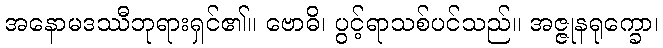
အနောမဒဿီဘုရားရှင်၏။ ဗောဓိ၊ ပွင့်ရာသစ်ပင်သည်။ အဇ္ဇုနရုက္ခော၊